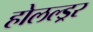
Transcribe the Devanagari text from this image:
होलल्ड्रर